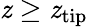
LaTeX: \mathit{z}\geq\mathit{z}_{\mathrm{{tip}}}